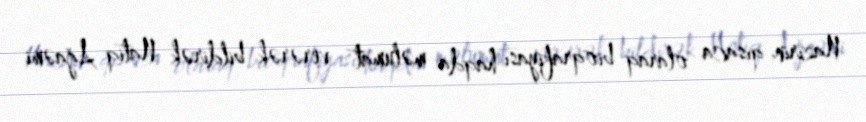
Nazirin qısaca olaraq bioqrafiyası haqda məlumat verərək bildirək Natiq Ağaəmi